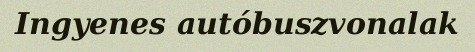
Ingyenes autóbuszvonalak